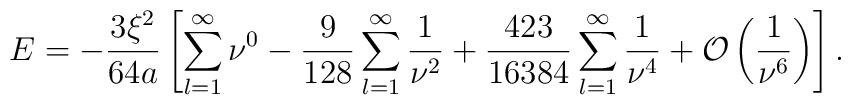
E=- \frac{3\xi ^2}{64 a} \left [\sum_{l=1}^{\infty } \nu^0-\frac{9}{128}\sum_{l=1}^{\infty}\frac{1}{\nu ^2} +\frac{423}{16384}\sum_{l=1}^{\infty}\frac{1}{\nu^4}+ {\cal O}\left (\frac{1}{\nu ^6}\right )\right ]{.}